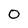
Character: 0